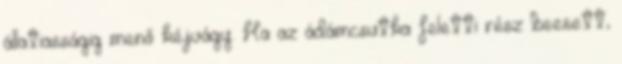
állatiasságig menő kéjvágy. Ha az ádámcsutka feletti rész beesett,